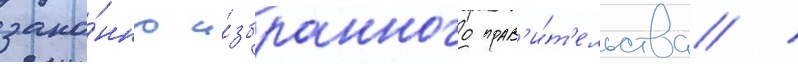
зако́нно и́збранного прав'и́т'ельства /